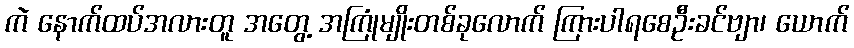
ကဲ နောက်ထပ်အလားတူ အတွေ့ အကြုံမျိုးတစ်ခုလောက် ကြားပါရစေဦးခင်ဗျာ၊ ယောက်